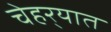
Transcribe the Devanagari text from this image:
चेहर्‍यात